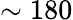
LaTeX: \sim 180